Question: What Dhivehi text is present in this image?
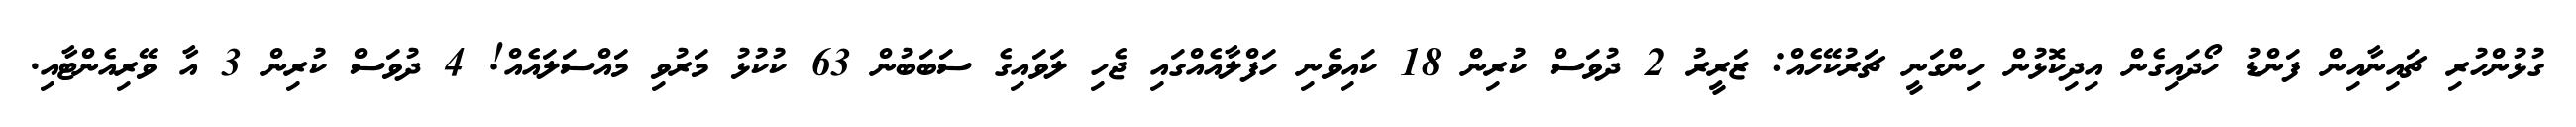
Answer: ގުޅުންހުރި ޗައިނާއިން ފަންޑު ހޯދައިގެން އިދިކޮޅުން ހިންގަނީ ޗަރުކޭހެއް: ޒަރީރު 2 ދުވަސް ކުރިން 18 ކައިވެނި ހަފްލާއެއްގައި ޖެހި ލަވައިގެ ސަބަބުން 63 ކުކުޅު މަރުވި މައްސަލައެއް! 4 ދުވަސް ކުރިން 3 އާ ވޭރިއެންޓާއި.